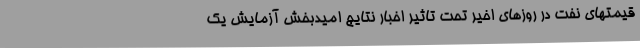
قیمتهای نفت در روزهای اخیر تحت تاثیر اخبار نتایج امیدبخش آزمایش یک